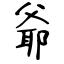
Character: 爺